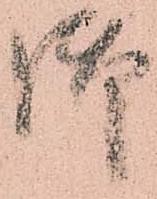
御